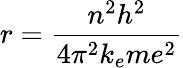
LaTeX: r={\frac{n^{2}h^{2}}{4\pi^{2}k_{e}me^{2}}}